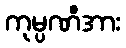
ကုမ္ပဏီအား